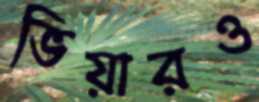
ভিয়ারও